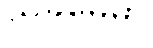
သုခမေဓာ